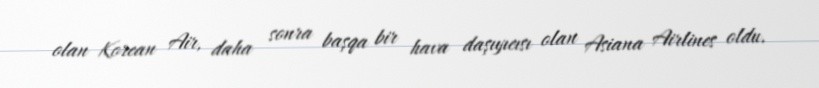
olan Korean Air, daha sonra başqa bir hava daşıyıcısı olan Asiana Airlines oldu.